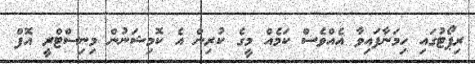
ރިޕޯޓުގައި ހިމަނާފައިވާ އެއްވެސް ކަމެއް މީގެ ކުރިން އެ ކޮމިޝަނުން މިނިސްޓްރީ އޮފް